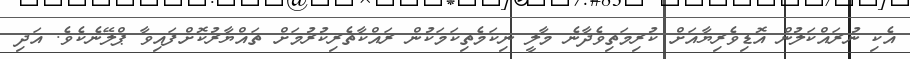
އެކި ނުރައްކަލުން އޮޑިވެރިޔާއަށް ކުރިމަތިވެދާނެ މާލީ ނިކަމެތިކަމަކުން ރައްކާތެރިކުރުމަށް ތައްޔާރުކޮށްފައިވާ ޕްލޭނެކެވެ. އަދި